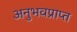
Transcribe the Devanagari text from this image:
अनुभवप्राप्त